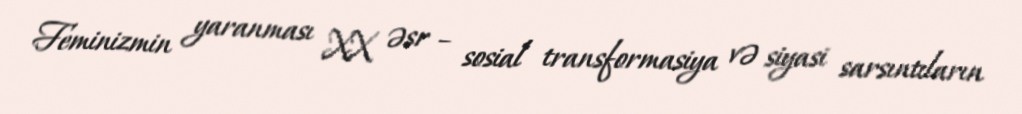
Feminizmin yaranması XX əsr – sosial transformasiya və siyasi sarsıntıların